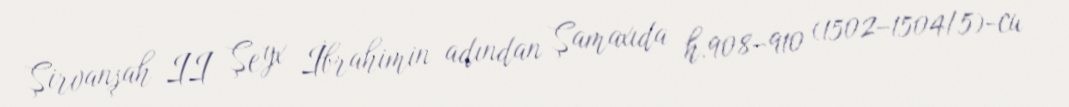
Şirvanşah II Şeyx İbrahimin adından Şamaxıda h.908–910 (1502–1504/5)-cu